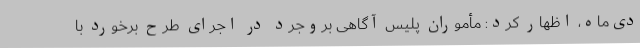
دی‌ماه، اظهار کرد: مأموران پلیس آگاهی بروجرد در اجرای طرح برخورد با